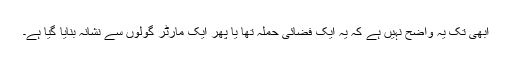
ابھی تک یہ واضح نہیں ہے کہ یہ ایک فضائی حملہ تھا یا پھر ایک مارٹر گولوں سے نشانہ بنایا گیا ہے۔